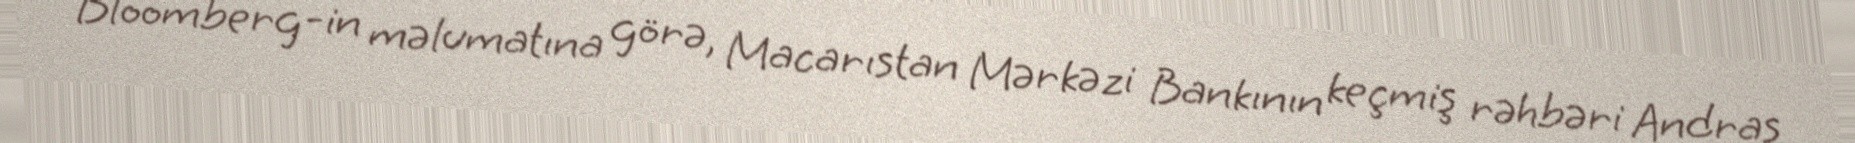
Bloomberg-in məlumatına görə, Macarıstan Mərkəzi Bankının keçmiş rəhbəri Andras